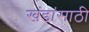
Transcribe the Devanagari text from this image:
खंडांसाठी